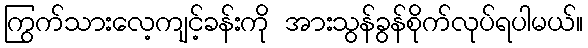
ကြွက်သားလေ့ကျင့်ခန်းကို အားသွန်ခွန်စိုက်လုပ်ရပါမယ်။